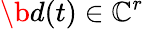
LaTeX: \b{d}(t)\in\mathbb{C}^{r}